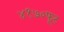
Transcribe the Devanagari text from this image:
४१७०फूट